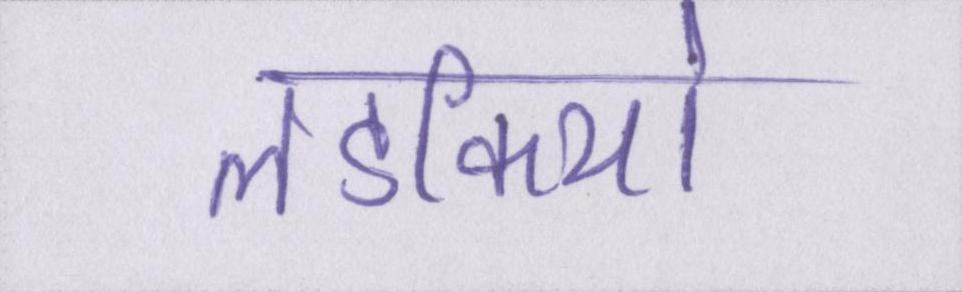
लडकियों